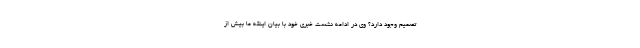
تصمیم وجود دارد؟ وی در ادامه نشست خبری خود با بیان اینکه ما بیش از